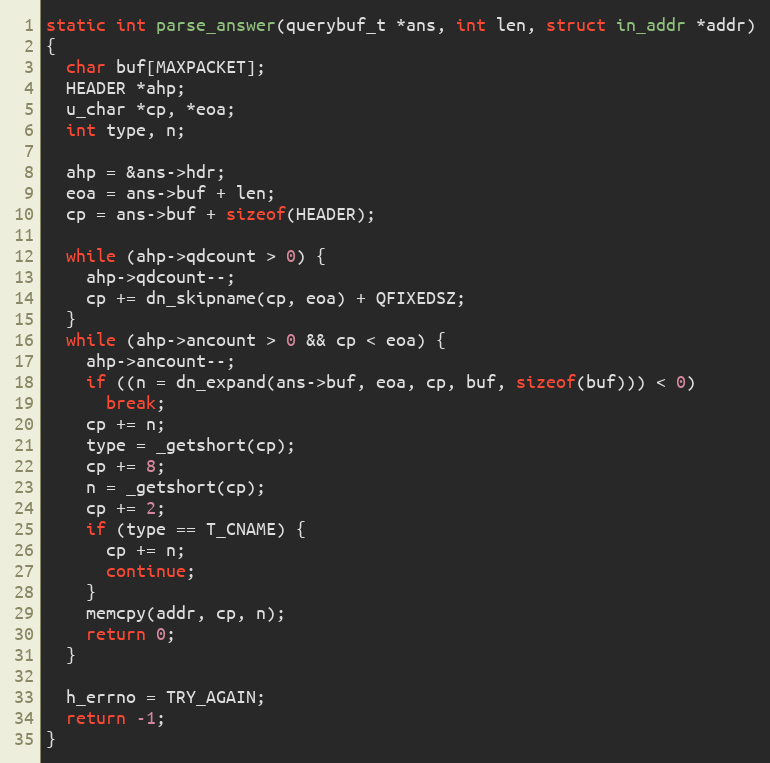
Language: C
static int parse_answer(querybuf_t *ans, int len, struct in_addr *addr)
{
  char buf[MAXPACKET];
  HEADER *ahp;
  u_char *cp, *eoa;
  int type, n;

  ahp = &ans->hdr;
  eoa = ans->buf + len;
  cp = ans->buf + sizeof(HEADER);

  while (ahp->qdcount > 0) {
    ahp->qdcount--;
    cp += dn_skipname(cp, eoa) + QFIXEDSZ;
  }
  while (ahp->ancount > 0 && cp < eoa) {
    ahp->ancount--;
    if ((n = dn_expand(ans->buf, eoa, cp, buf, sizeof(buf))) < 0)
      break;
    cp += n;
    type = _getshort(cp);
    cp += 8;
    n = _getshort(cp);
    cp += 2;
    if (type == T_CNAME) {
      cp += n;
      continue;
    }
    memcpy(addr, cp, n);
    return 0;
  }

  h_errno = TRY_AGAIN;
  return -1;
}